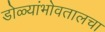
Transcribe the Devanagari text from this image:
डोळ्यांभोवतालचा